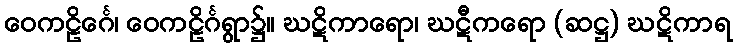
ဝေကဠိင်္ဂေ၊ ဝေကဠိင်္ဂရွာ၌။ ဃဋိကာရော၊ ဃဋီကရော (ဆဋ္ဌ) ဃဋိကာရ